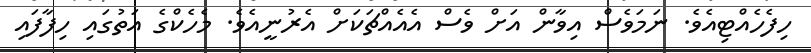
ހިފެހެއްޓިއެވެ. ނަމަވެސް އިވާން އަށް ވެސް އެއެއްޗަކަށް އެރުނީއެވެ. މެހެކްގެ އަތުގައި ހިފާފައި